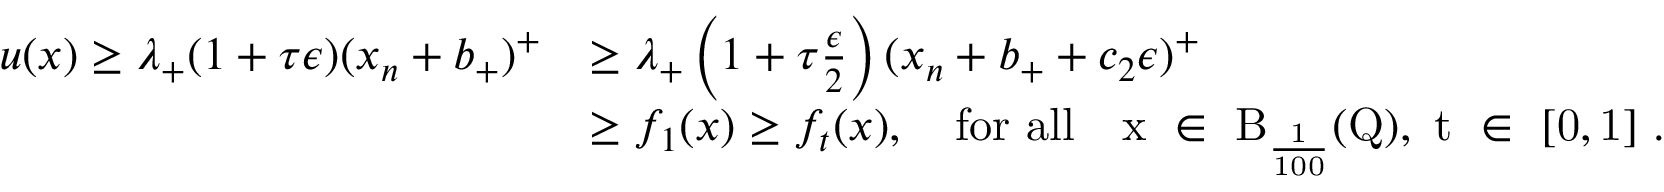
\begin{array} { r l } { u ( x ) \geq \lambda _ { + } ( 1 + \tau \epsilon ) ( x _ { n } + b _ { + } ) ^ { + } } & { \geq \lambda _ { + } \left( 1 + \tau \frac { \epsilon } { 2 } \right) ( x _ { n } + b _ { + } + c _ { 2 } \epsilon ) ^ { + } } \\ & { \geq f _ { 1 } ( x ) \geq f _ { t } ( x ) , \quad \mathrm { f o r ~ a l l ~ \, \, ~ x ~ \in ~ B _ { \frac { 1 } { 1 0 0 } } ( Q ) , ~ t ~ \in ~ [ 0 , 1 ] ~ } . } \end{array}